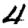
Digit: 4